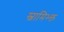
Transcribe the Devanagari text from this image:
स्वामिभ्क्त